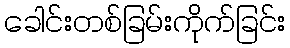
ခေါင်းတစ်ခြမ်းကိုက်ခြင်း